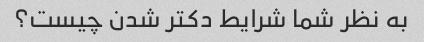
به نظر شما شرایط دکتر شدن چیست؟